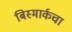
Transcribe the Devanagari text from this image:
बिस्मार्कचा